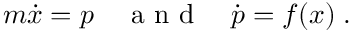
m \dot { x } = p \quad \mathrm { ~ a ~ n ~ d ~ } \quad \dot { p } = f ( x ) \; .